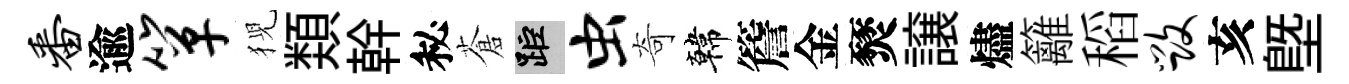
番逾箪猊𩔖幹秘蒼距虫奇韓簷金燹譲燼籬稻毁亥塈